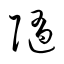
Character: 随